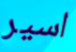
اسير